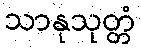
သာနုသုတ္တံ